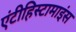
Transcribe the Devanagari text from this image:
एंटीहिस्टामाइंस